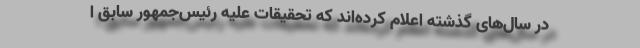
در سال‌های گذشته اعلام کرده‌اند که تحقیقات علیه رئیس‌جمهور سابق ا